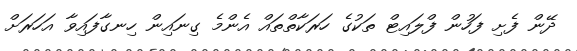
ދޭން ފެށި ފަހުން ފްލައިޓް ތަކުގެ ހަރަކާތްތައް އެންމެ ގިނައިން ހިނގާފައިވާ އަހަރަށް